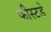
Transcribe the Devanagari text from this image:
फीस्टडे